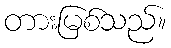
တားမြစ်သည်။